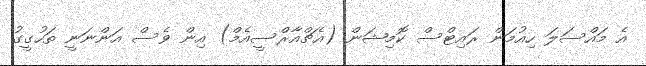
އެ މައްސަލަ ހިއުމަން ރައިޓްސް ކޮމިޝަން (އެޗްއާރްސީއެމް) އިން ވެސް އަންނަނީ ތަހުގީގު